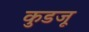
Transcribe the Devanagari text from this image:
कुडजू